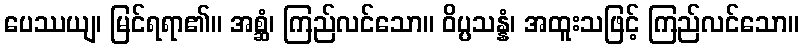
ပေဿယျ၊ မြင်ရရာ၏။ အစ္ဆံ၊ ကြည်လင်သော။ ဝိပ္ပသန္နံ၊ အထူးသဖြင့် ကြည်လင်သော။